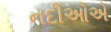
નદીઓએ